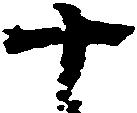
十